Code of medical and sanitary regulations for the guidance of medical officers serving in the Madras Presidency - Volume I
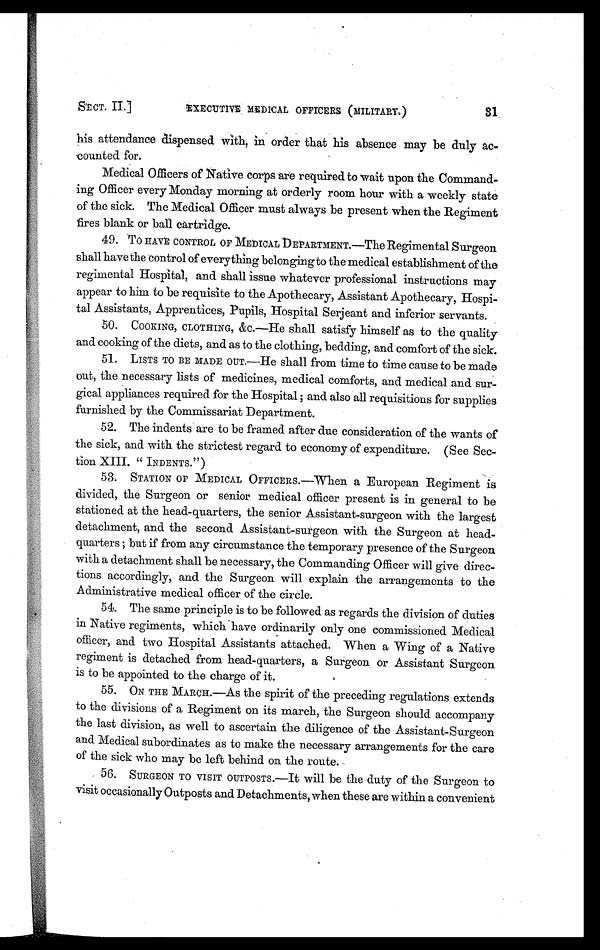
SECT. II.]
EXECUTIVE MEDICAL OFFICERS (MILITARY.)
31
his attendance dispensed with, in order that his absence may be duly ac
-counted for.
Medical Officers of Native corps are required to wait upon the Command-
ing Officer every Monday morning at orderly room hour with a weekly state
of the sick. The Medical Officer must always be present when the Regiment
fires blank or ball cartridge.
49. To HAVE CONTROL OF MEDICAL DEPARTMENT.—The Regimental Surgeon
shall have the control of everything belonging to the medical establishment of the
regimental Hospital, and shall issue whatever professional instructions may
appear to him to be requisite to the Apothecary, Assistant Apothecary, Hospi-
tal Assistants, Apprentices, Pupils, Hospital Serjeant and inferior servants.
50. COOKING, CLOTHING, &c.—He shall satisfy himself as to the quality
and cooking of the diets, and as to the clothing, bedding, and comfort of the sick.
51. LISTS TO BE MADE OUT.—He shall from time to time cause to be made
out, the necessary lists of medicines, medical comforts, and medical and sur-
gical appliances required for the Hospital ; and also all requisitions for supplies
furnished by the Commissariat Department.
52. The indents are to be framed after due consideration of the wants of
the sick, and with the strictest regard to economy of expenditure. (See Sec-
tion XIII. " INDENTS.")
53. STATION OF MEDICAL OFFICERS.—When a European Regiment is
divided, the Surgeon or senior medical officer present is in general to be
stationed at the head-quarters, the senior Assistant-surgeon with the largest
detachment, and the second Assistant-surgeon with the Surgeon at head-
quarters ; but if from any circumstance the temporary presence of the Surgeon
with a detachment shall be necessary, the Commanding Officer will give direc-
tions accordingly, and the Surgeon will explain the arrangements to the
Administrative medical officer of the circle.
5 4 . T h e s a m e p r i n c i p l e i s t o b e f o l l o w e d a s r e g a r d s t h e d i v i s i o n o f d u t i e s
in Native regiments, which have ordinarily only one commissioned Medical
officer, and two Hospital Assistants attached. When a Wing of a Native
regiment is detached from head-quarters, a Surgeon or Assistant Surgeon
is to be appointed to the charge of it.
55. ON THE MARCH.—As the spirit of the preceding regulations extends
to the divisions of a Regiment on its march, the Surgeon should accompany
the last division, as well to ascertain the diligence of the Assistant-Surgeon
and Medical subordinates as to make the necessary arrangements for the care
of the sick who may be left behind on the route.
56. SURGEON TO VISIT OUTPOSTS.—It will be the duty of the Surgeon to
visit occasionally Outposts and Detachments, when these are within a convenient